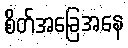
စိတ်အခြေအနေ